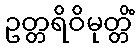
ဥတ္တရိဝိမုတ္တိံ